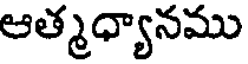
ఆత్మధ్యానము